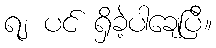
ရ၂ ပင် ရှိခဲ့ပါချေပြီ။